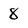
Character: 8